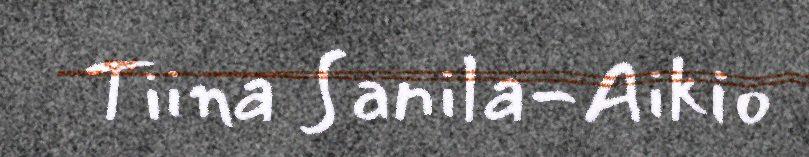
Tiina Sanila-Aikio